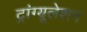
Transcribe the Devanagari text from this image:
ट्रांग्यूलेशन